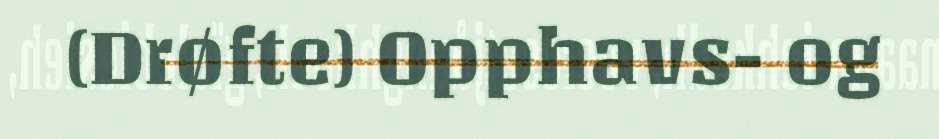
(Drøfte) Opphavs- og